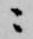
ニ